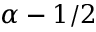
\alpha - 1 / 2